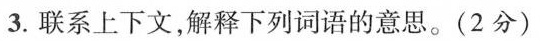
3.联系上下文，解释下列词语的意思。(2分)